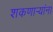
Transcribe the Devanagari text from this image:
शकणाऱ्यांना